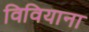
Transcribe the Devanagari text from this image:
विवियाना